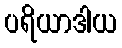
ပရိယာဒါယ